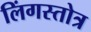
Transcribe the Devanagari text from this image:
लिंगस्तोत्र